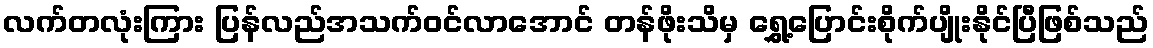
လက်တလုံးကြား ပြန်လည်အသက်ဝင်လာအောင် တန်ဖိုးသိမှ ရွှေ့ပြောင်းစိုက်ပျိုးနိုင်ပြီဖြစ်သည်